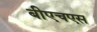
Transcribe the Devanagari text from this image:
बीएचएस